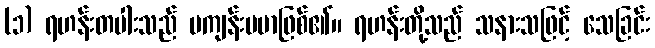
(၁) ရဟန်းတပါးသည် မကျန်းမမာဖြစ်၏။ ရဟန်းတို့သည် သနားသဖြင့် သေခြင်း